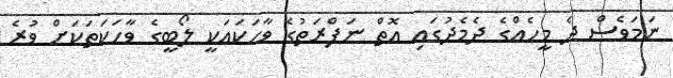
ނަމަވެސް ދެ މީހެއްގެ ދެމެދުގައި އޮތް ނަފްރަތުގެ ވާހަކައަކީ ލޯބީގެ ވާހަކަތަކަށް ވުރެ